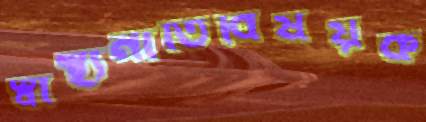
স্বাস্থ্যনীতিবিষয়ক